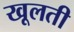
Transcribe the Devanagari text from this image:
खूलती